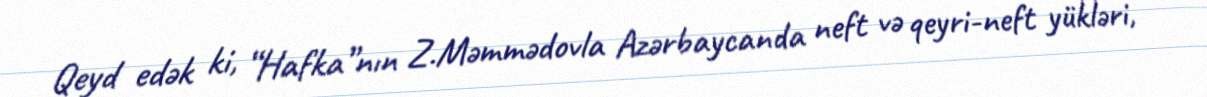
Qeyd edək ki, “Hafka”nın Z.Məmmədovla Azərbaycanda neft və qeyri-neft yükləri,